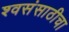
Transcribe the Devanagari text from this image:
श्वसंसाठीचा